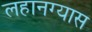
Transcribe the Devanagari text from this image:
लहानग्यास